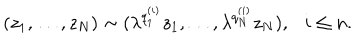
LaTeX: ( z _ { 1 } , \ldots , z _ { N } ) \sim ( \lambda ^ { q _ { 1 } ^ { ( i ) } } z _ { 1 } , \ldots , \lambda ^ { q _ { N } ^ { ( i ) } } z _ { N } ) , i \le n .